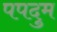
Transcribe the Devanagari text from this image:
पपदुम